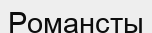
Романсты